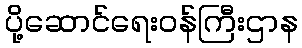
ပို့ဆောင်ရေးဝန်ကြီးဌာန